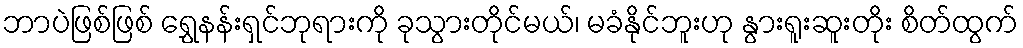
ဘာပဲဖြစ်ဖြစ် ရွှေနန်းရှင်ဘုရားကို ခုသွားတိုင်မယ်၊ မခံနိုင်ဘူးဟု နွားရူးဆူးတိုး စိတ်ထွက်